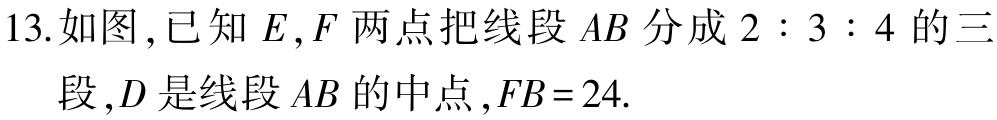
13.如图，已知\(E,F\)两点把线段\(AB\)分成\(2:3:4\)的三段，\(D\)是线段\(AB\)的中点，\(FB = 24\).